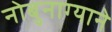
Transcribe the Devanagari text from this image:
नोबुनाग्याने